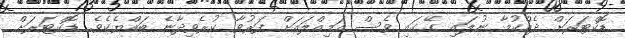
ޑޮކްޓަރަށް ދެއްކުމާ ނުލައި ގޭގައި ވެސް އަމިއްލައަށް ފަރުވާ ކުރެވިދާނެ ބައްޔެކެވެ. ޑޮކްޓަރަށް